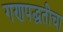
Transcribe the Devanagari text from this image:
गणपद्धतीचा